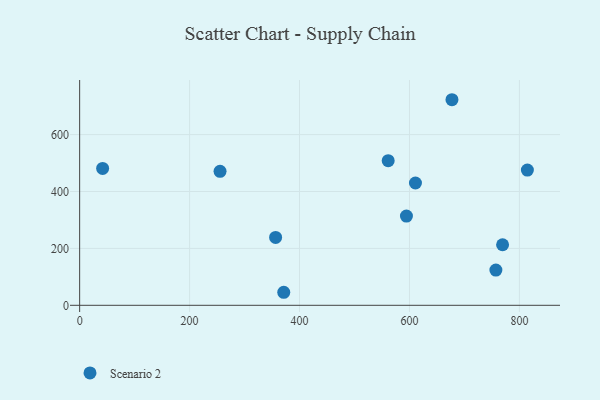
{"axis": {"x": "Experience", "y": "Yield"}, "legend": ["Scenario 2"], "data": [{"x": "594.5", "y": 313.5, "type": "Scenario 2"}, {"x": "255.4", "y": 470.8, "type": "Scenario 2"}, {"x": "371.3", "y": 45.8, "type": "Scenario 2"}, {"x": "41.8", "y": 480.9, "type": "Scenario 2"}, {"x": "814.5", "y": 475.2, "type": "Scenario 2"}, {"x": "561.3", "y": 508.3, "type": "Scenario 2"}, {"x": "610.9", "y": 429.9, "type": "Scenario 2"}, {"x": "769.4", "y": 212.8, "type": "Scenario 2"}, {"x": "757.2", "y": 123.8, "type": "Scenario 2"}, {"x": "356.5", "y": 238.5, "type": "Scenario 2"}, {"x": "677.3", "y": 722.5, "type": "Scenario 2"}]}